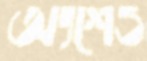
অংশেও